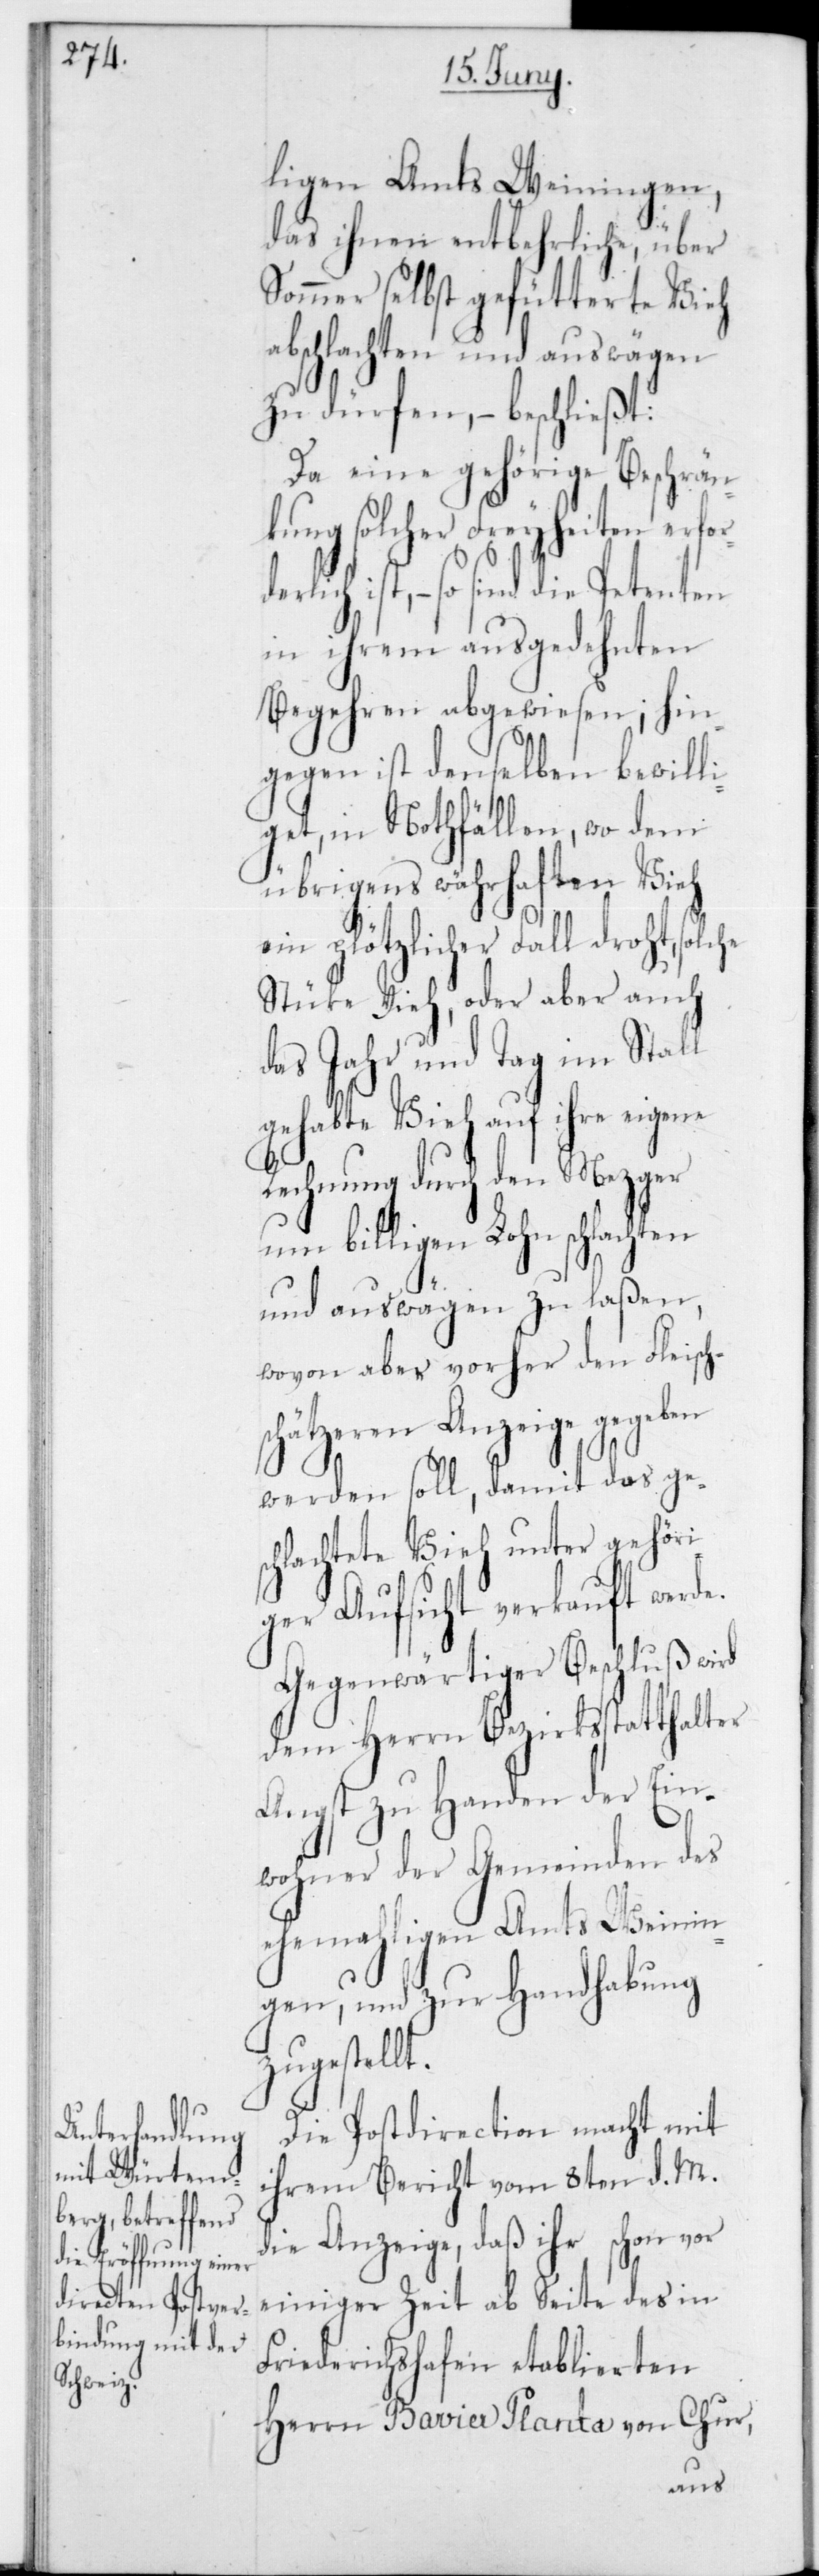
derlich

ligen Amts Weiningen,
das ihnen entbehrliche, über
Sommer selbst gefütterte Vieh
abschlachten und auswägen
zu dürfen, – beschließt:
Da eine gehörige Beschrän¬
kung solcher Freyheiten erfor¬
ist, – so sind die Petenten
in ihrem ausgedehnten
Begehren abgewiesen; hin¬
gegen ist denselben bewilli¬
get, in Nothfällen, wo dem
übrigens währhaften Vieh
ein plötzlicher Fall droht, solche
Stücke Vieh, oder aber auch
das Jahr und Tag im Stall
gehabte Vieh auf ihre eigene
Rechnung durch den Mezger
und billigen Lohn schlachten
und auswägen zu laßen,
wovon aber vorher den Fleisch¬
schätzeren Anzeige gegeben
werden soll, damit das ges¬
chlachtete Vieh unter gehöri¬
ger Aufsicht verkauft werde.
Gegenwärtiger Beschluß wird
dem Herrn Bezirksstatthalter
Angst zu Handen der Ein¬
wohner der Gemeinden des
ehemahligen Amts Weinin¬
gen, und zur Handhabung
ellt.
Die Postdirection macht mit
ihrem Bericht vom 8ten d. M.
die Anzeige, daß ihr schon vor
einiger Zeit ab Seite des in
Friedrichshafen etablierten
Herrn Bavier Planta von Chur,